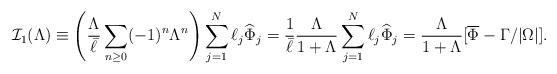
LaTeX: \begin{align*}{\mathcal I}_1(\Lambda)\equiv \left (\frac{\Lambda}{\bar{\ell}}\sum_{n\geq 0}(-1)^n\Lambda^n\right )\sum_{j=1}^N\ell_j \widehat{\Phi}_j=\frac{1}{\bar{\ell}}\frac{\Lambda}{1+\Lambda}\sum_{j=1}^N\ell_j \widehat{\Phi}_j=\frac{\Lambda}{1+\Lambda}[\overline{\Phi}-\Gamma/|\Omega|].\end{align*}